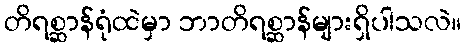
တိရစ္ဆာန်ရုံထဲမှာ ဘာတိရစ္ဆာန်များရှိပါသလဲ။